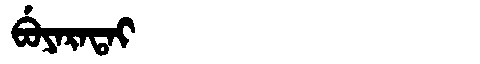
Manchu: ᠪᡠᠶᠠᡵᠠᡨᠠᡳ
Romanization: BUYARATAI